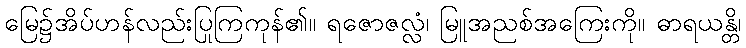
မြေ၌အိပ်ဟန်လည်းပြုကြကုန်၏။ ရဇောဇလ္လံ၊ မြူအညစ်အကြေးကို။ ဓာရယန္တိ၊